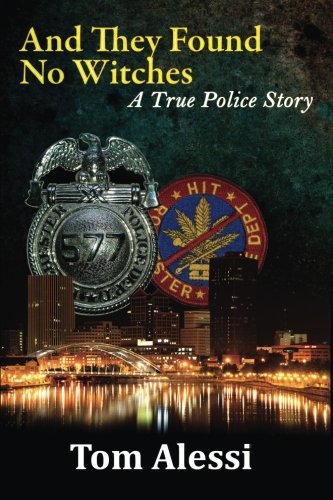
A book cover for And They Found No Witches: A True Police Story; Tom Alessi; Biographies & Memoirs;